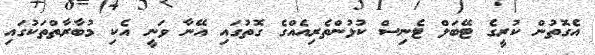
އެގޮތުން ކުރީގެ ޓޭބަލް ޓެނިސް ކުޅުންތެރިއެއްގެ ގޮތުގައި އޭނާ ވަނީ އެކި މުބާރާތްތަކުގައި